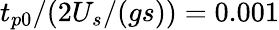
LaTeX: t_{p0}/(2U_{s}/(gs))=0.001